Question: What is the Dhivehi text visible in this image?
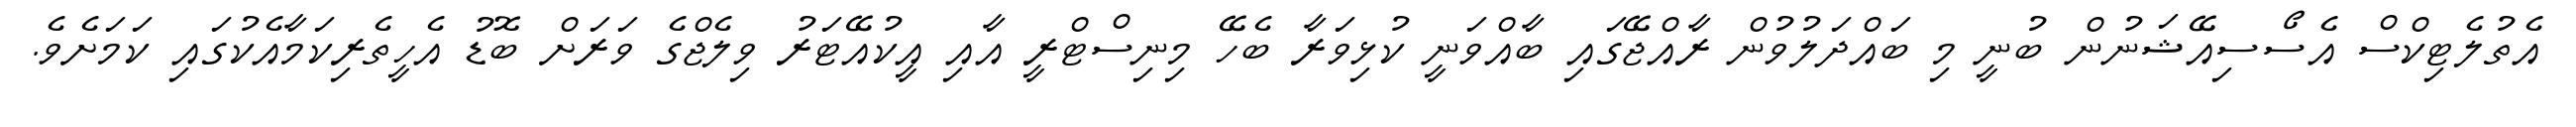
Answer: އެތުލެޓިކްސް އެސޯސިއޭޝަނުން ބުނީ މި ބައްދަލުވުން ރާއްޖޭގައި ބާއްވަނީ ކުޅިވަރާ ބެހޭ މިނިސްޓްރީ އާއި އީކުއޭޓަރު ވިލެޖްގެ ވަރަށް ބޮޑު އެހީތެރިކަމާއެކުގައި ކަމަށެވެ.